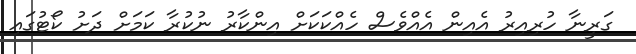
ގަރީނާ ހުރިއިރު އެއިން އެއްވެސް ހެއްކަކަށް އިންކާރު ނުކުރާ ކަމަށް ދަށު ކޯޓުގައި